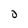
Character: O